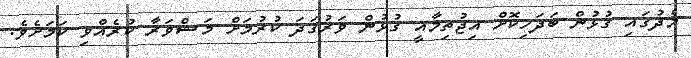
މެދުގައި ގުޅުން ބަދަހިކޮށް އިޖުތިމާއީ ގުޅުން ވަރުގަދަ ކުރުމަށް މަޝްވަރާ ކުރެއްވި ކަމަށެވެ.